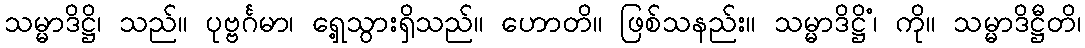
သမ္မာဒိဋ္ဌိ၊ သည်။ ပုဗ္ဗင်္ဂမာ၊ ရှေ့သွားရှိသည်။ ဟောတိ။ ဖြစ်သနည်း။ သမ္မာဒိဋ္ဌိံ၊ ကို။ သမ္မာဒိဋ္ဌီတိ၊